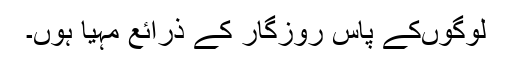
لوگوںکے پاس روزگار کے ذرائع مہیا ہوں۔